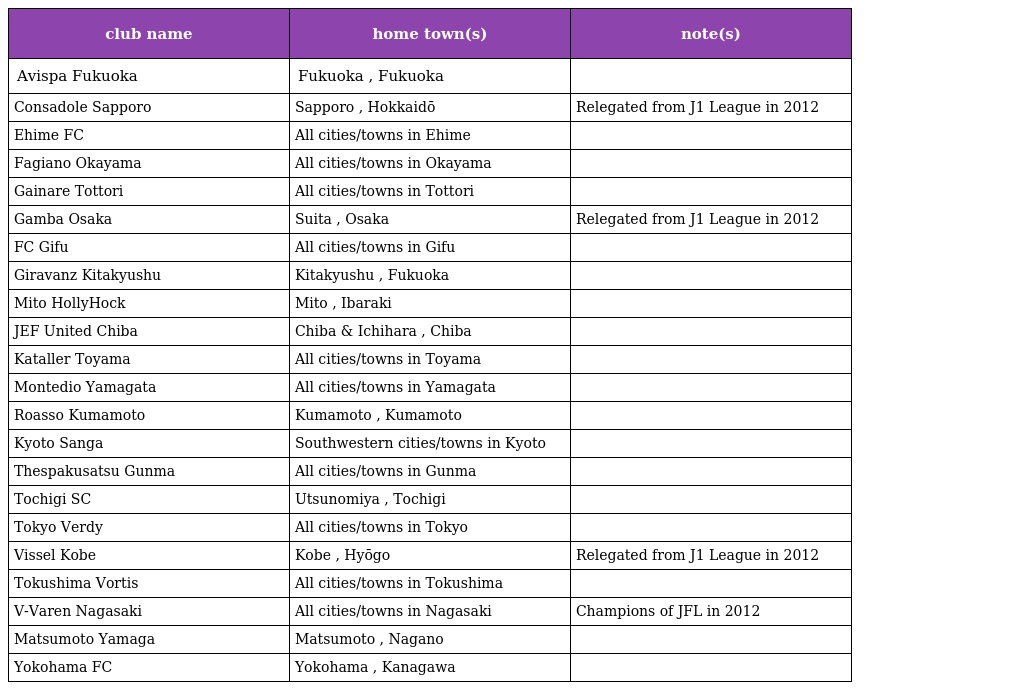
| club name | home town(s) | note(s) |
 | --- | --- | --- |
 | Avispa Fukuoka | Fukuoka , Fukuoka |  |
 | Consadole Sapporo | Sapporo , Hokkaidō | Relegated from J1 League in 2012 |
 | Ehime FC | All cities/towns in Ehime |  |
 | Fagiano Okayama | All cities/towns in Okayama |  |
 | Gainare Tottori | All cities/towns in Tottori |  |
 | Gamba Osaka | Suita , Osaka | Relegated from J1 League in 2012 |
 | FC Gifu | All cities/towns in Gifu |  |
 | Giravanz Kitakyushu | Kitakyushu , Fukuoka |  |
 | Mito HollyHock | Mito , Ibaraki |  |
 | JEF United Chiba | Chiba & Ichihara , Chiba |  |
 | Kataller Toyama | All cities/towns in Toyama |  |
 | Montedio Yamagata | All cities/towns in Yamagata |  |
 | Roasso Kumamoto | Kumamoto , Kumamoto |  |
 | Kyoto Sanga | Southwestern cities/towns in Kyoto |  |
 | Thespakusatsu Gunma | All cities/towns in Gunma |  |
 | Tochigi SC | Utsunomiya , Tochigi |  |
 | Tokyo Verdy | All cities/towns in Tokyo |  |
 | Vissel Kobe | Kobe , Hyōgo | Relegated from J1 League in 2012 |
 | Tokushima Vortis | All cities/towns in Tokushima |  |
 | V-Varen Nagasaki | All cities/towns in Nagasaki | Champions of JFL in 2012 |
 | Matsumoto Yamaga | Matsumoto , Nagano |  |
 | Yokohama FC | Yokohama , Kanagawa |  |